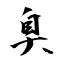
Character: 臭